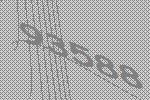
93588